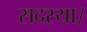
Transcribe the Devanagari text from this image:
सदस्या।